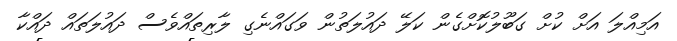
އަމިއްލަ އަށް ކުށް ގަބޫލުކޮށްގެން ކަލޭ ދައުލަތުން ވަގައްނެގި ލާރިތައްވެސް ދައުލަތައް ދައްކާ